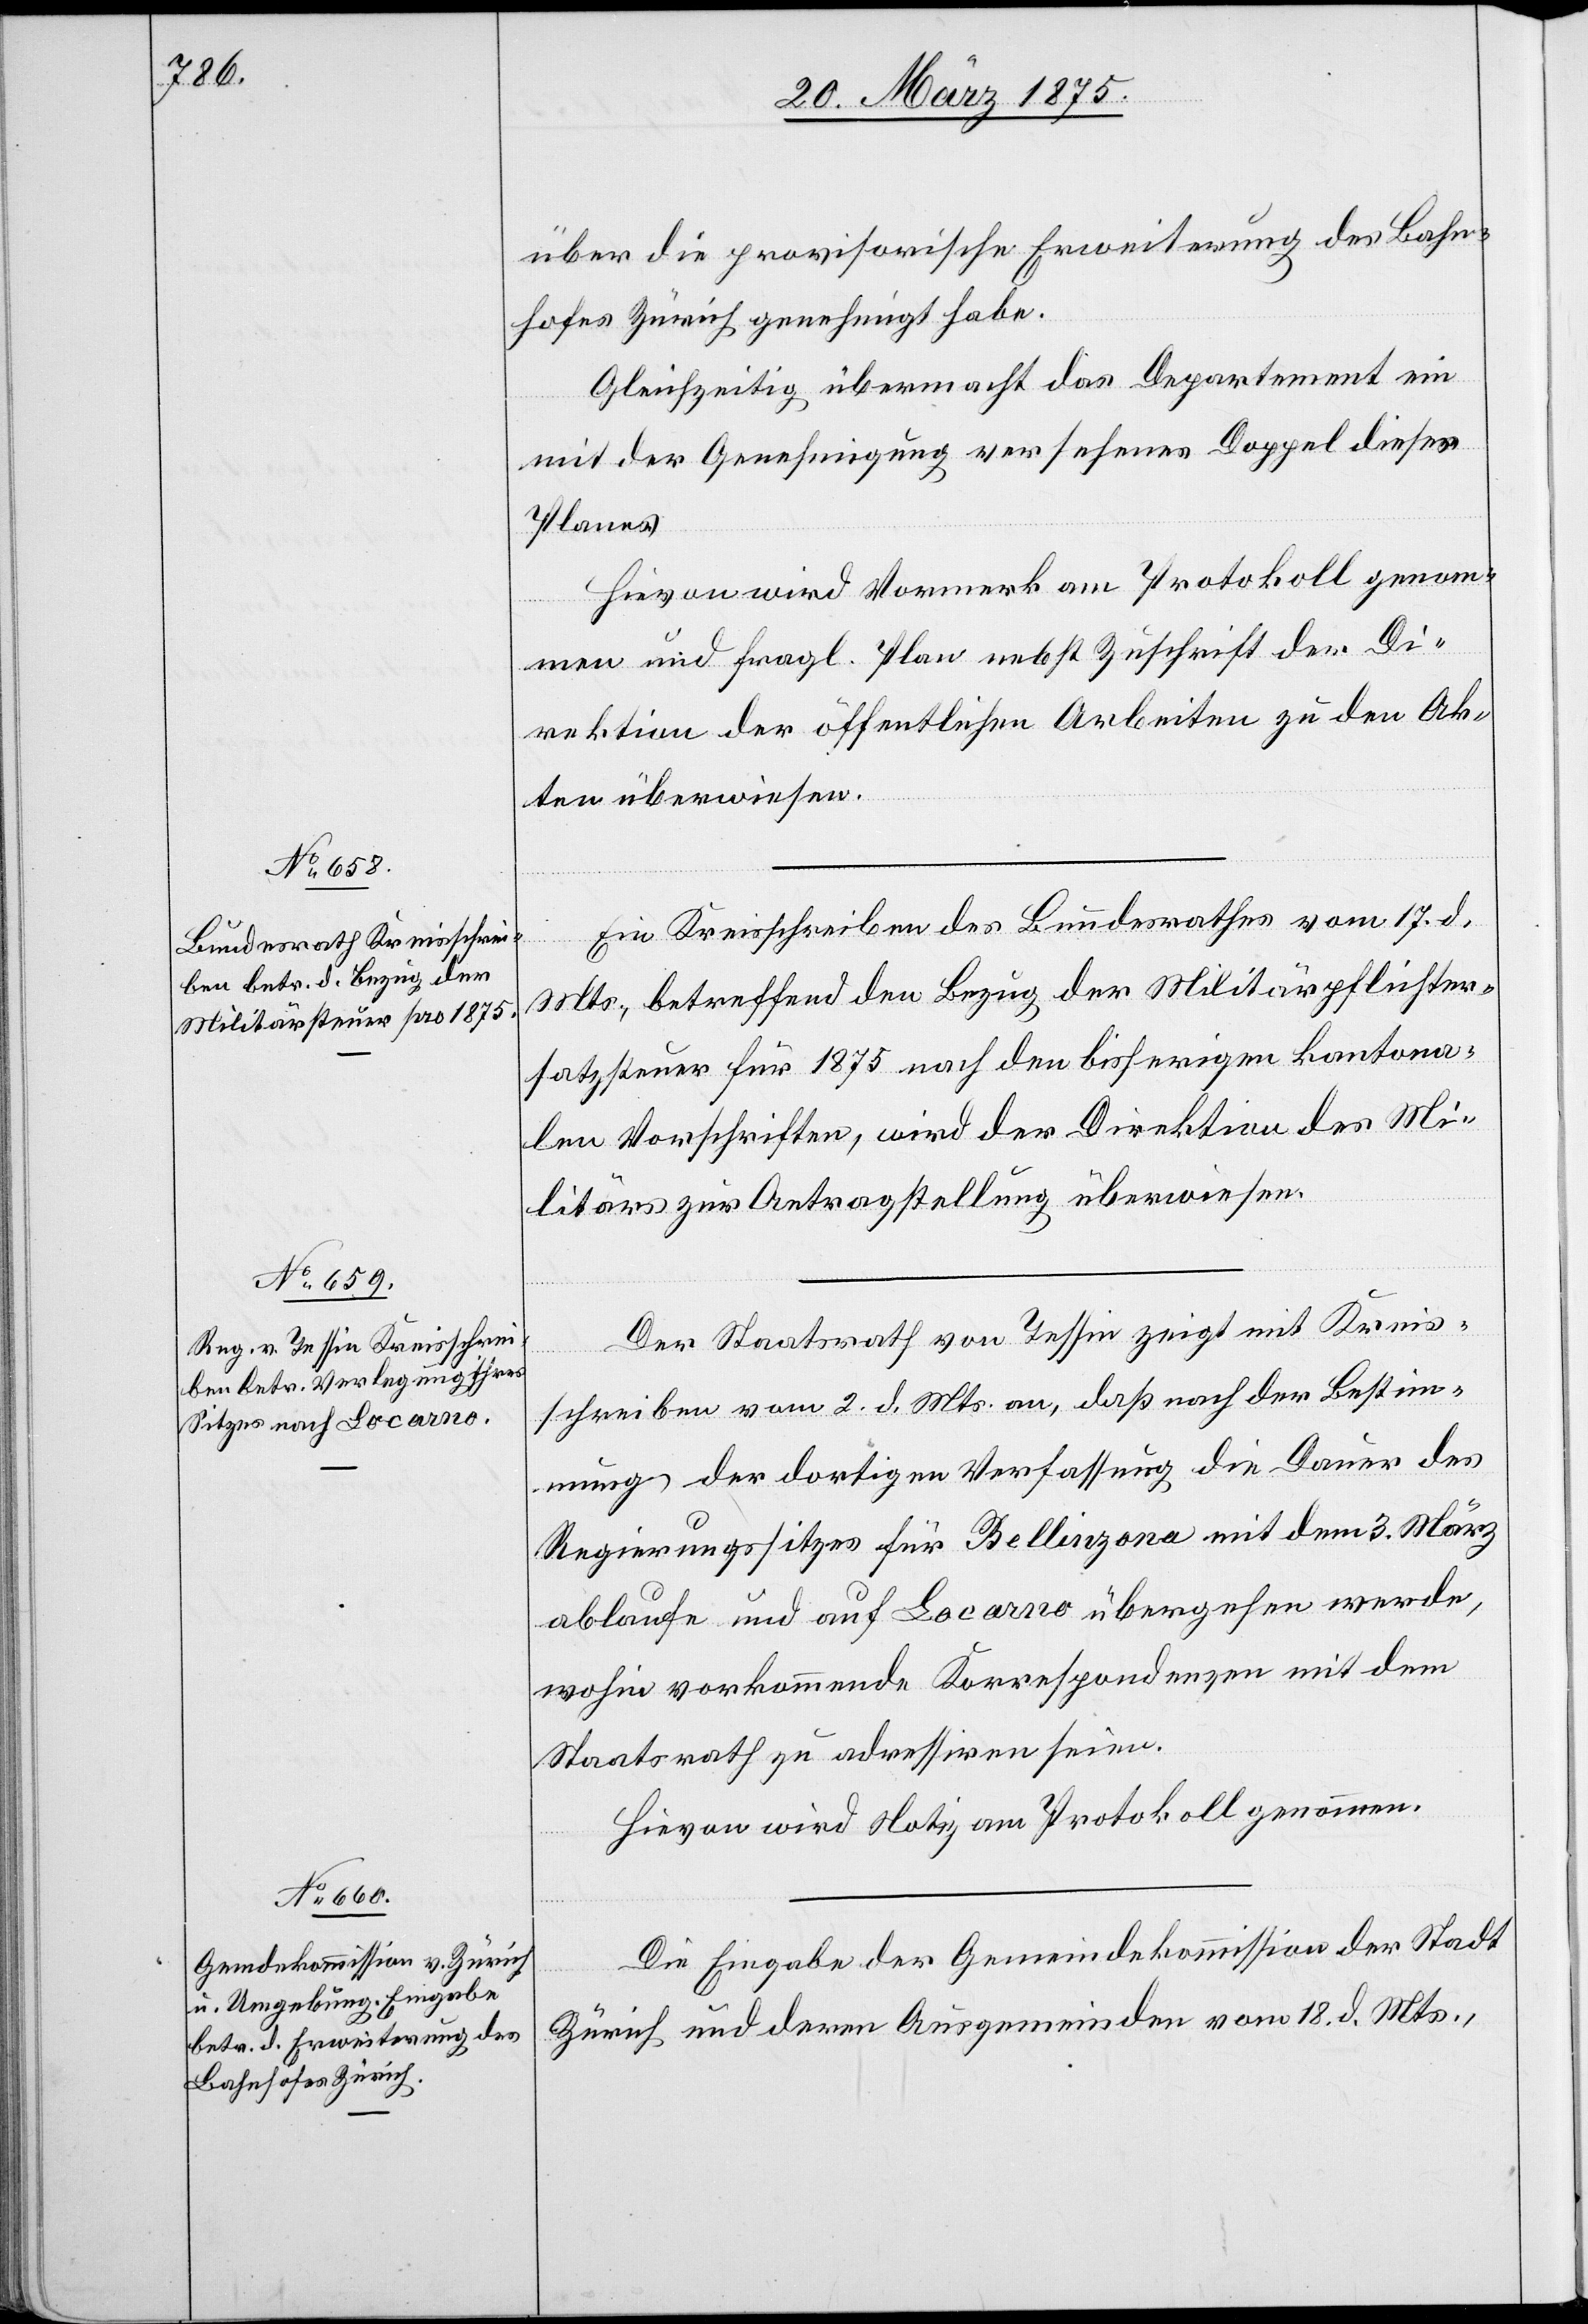
über die provisorische Erweiterung des Bahn¬
hofes Zürich genehmigt habe.
Gleichzeitig übermacht das Departement ein
mit der Genehmigung versehenes Doppel dieses
Planes.
Hievon wird Vormerk am Protokoll genom¬
men und fragl. Plan nebst Zuschrift der Di¬
rektion der öffentlichen Arbeite zu den Ak¬
ten überwiesen.
Ein Kreisschreiben des Bundesrathes vom 17. d.
Mts, betreffend den Bezug der Militärpflichter¬
satzsteuer für 1875 nach den bisherigen kantona¬
len Vorschriften, wird der Direktion des Mi¬
litärs zur Antragstellung überwiesen.
Der Staatsrath von Tessin zeigt mit Kreis¬
schreiben vom 2. d. Mts. an, daß nach der Bestim¬
mungen der dortigen Verfassung die Dauer des
Regierungssitzes für Bellinzona mit dem 3. März
ablaufe und auf Locarno übergehen werde,
wohin vorkommende Korrespondenzen mit dem
Staatsrath zu adressiren seien.
Hievon wir Notiz am Protokoll genommen.
Die Eingabe der Gemeindekommission der Stadt
Zürich und deren Ausgemeinden vom 18. d. Mts.,